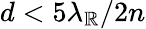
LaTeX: d<5\lambda_{\mathbb{R}}/2n